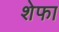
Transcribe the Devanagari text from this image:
शेफा